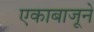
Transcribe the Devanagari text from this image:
एकाबाजूने